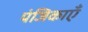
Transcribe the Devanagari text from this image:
पंजिकाएँ